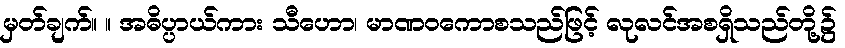
မှတ်ချက်။ ။ အဓိပ္ပာယ်ကား သီဟော၊ မာဏဝကောစသည်ဖြင့် လုလင်အစရှိသည်တို့၌